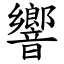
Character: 響